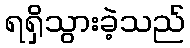
ရရှိသွားခဲ့သည်